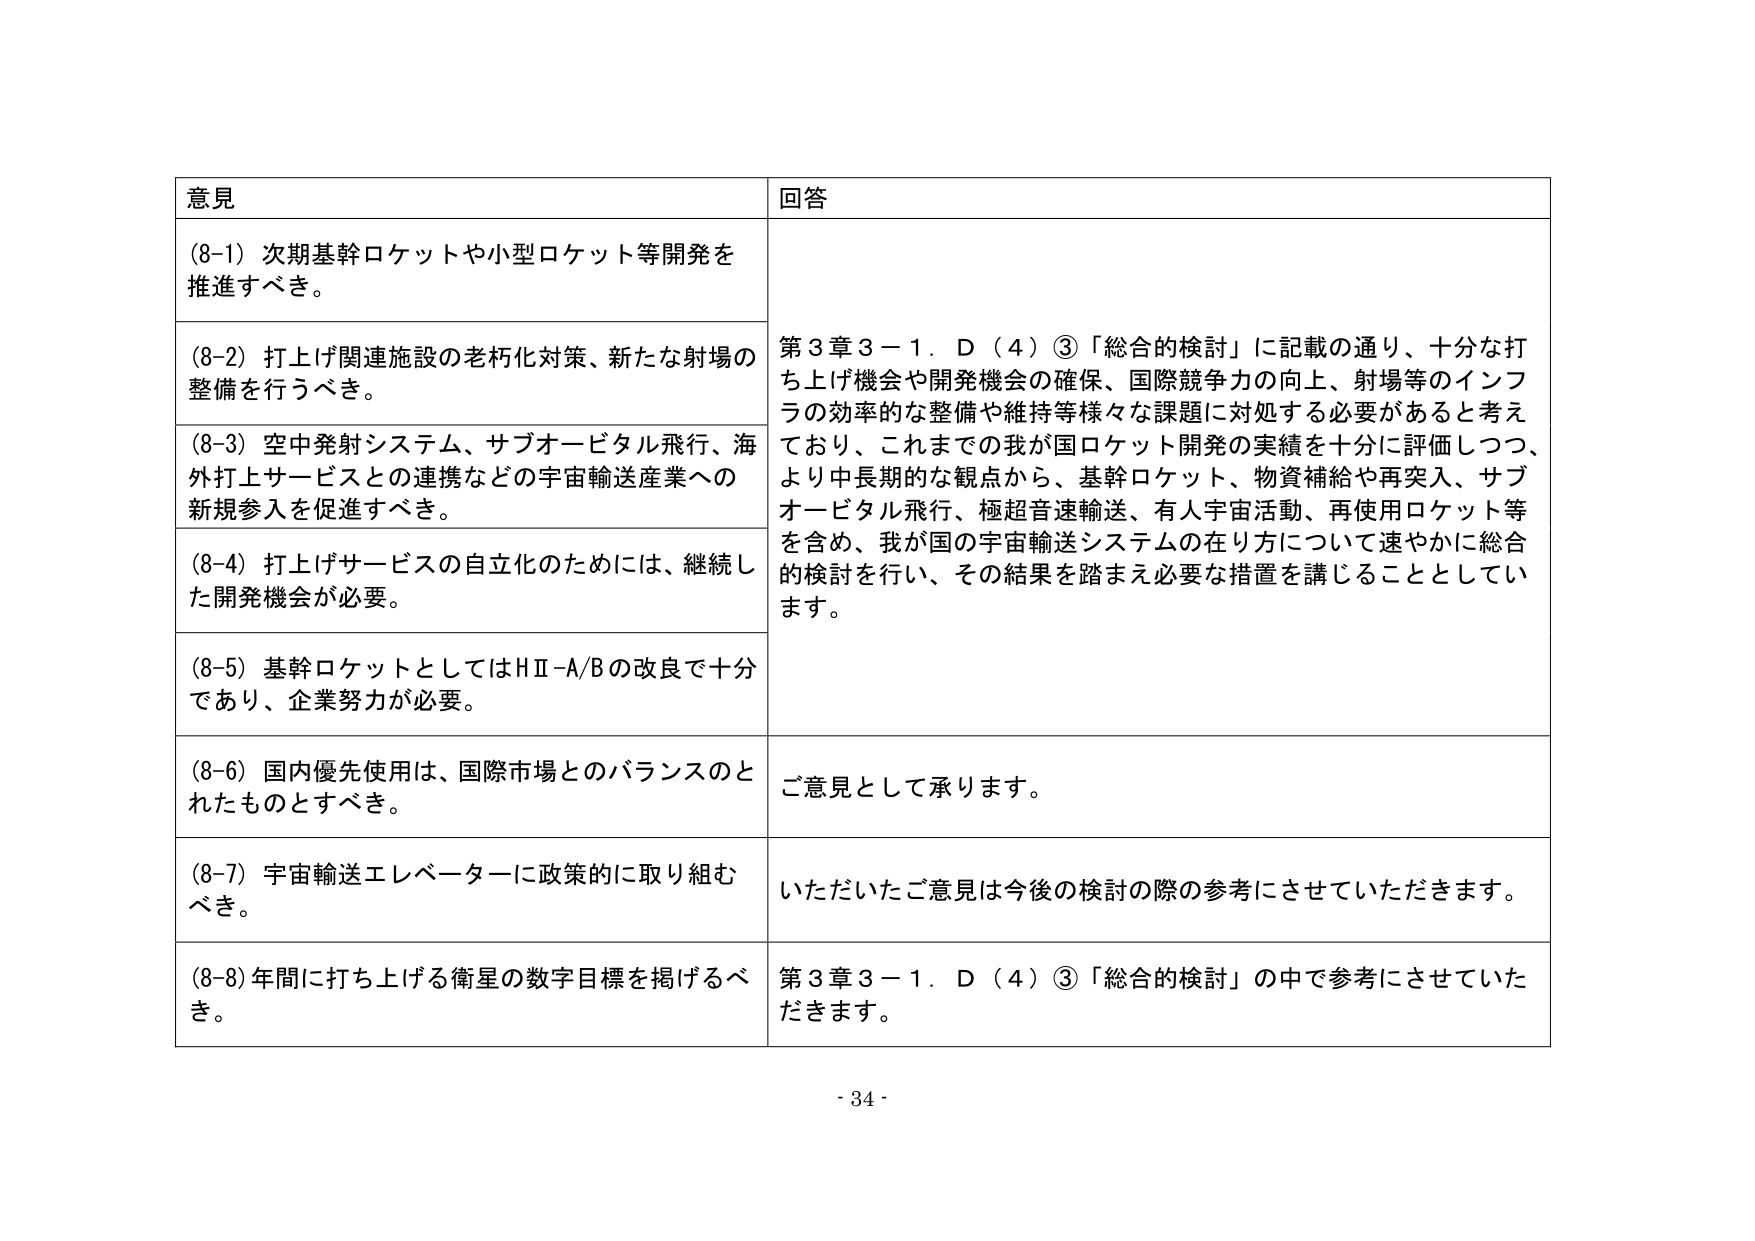
意見
(8-1) 次期基幹ロケットや小型ロケット等開発を推進すべき。
(8-2) 打上げ関連施設の老朽化対策、新たな射場の整備を行うべき。
(8-3) 空中発射システム、サブオービタル飛行、海外打上サービスとの連携などの宇宙輸送産業への新規参入を促進すべき。
(8-4) 打上げサービスの自立化のためには、継続した開発機会が必要。
(8-5) 基幹ロケットとしてはHⅡ-A/Bの改良で十分であり、企業努力が必要。
(8-6) 国内優先使用は、国際市場とのバランスのとれたものとすべき。
(8-7) 宇宙輸送エレベーターに政策的に取り組むべき。
(8-8) 年間に打ち上げる衛星の数字目標を掲げるべき。
回答
第3章3－1．D（4）③「総合的検討」に記載の通り、十分な打ち上げ機会や開発機会の確保、国際競争力の向上、射場等のインフラの効率的な整備や維持等様々な課題に対処する必要があると考えており、これまでの我が国ロケット開発の実績を十分に評価しつつ、より中長期的な観点から、基幹ロケット、物資補給や再突入、サブオービタル飛行、極超音速輸送、有人宇宙活動、再使用ロケット等を含め、我が国の宇宙輸送システムの在り方について速やかに総合的検討を行い、その結果を踏まえ必要な措置を講じることとしています。
ご意見として承ります。
いただいたご意見は今後の検討の際の参考にさせていただきます。
第3章3－1．D（4）③「総合的検討」の中で参考にさせていただきます。
- 34 -